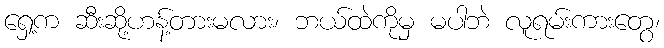
ရှေ့က ဆီးဆို့ဟန့်တားမလား၊ ဘယ်ထဲကိုမှ မပါဘဲ လူရမ်းကားတွေ၊